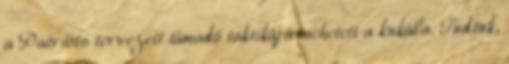
a Patriots tervezett támadó taktikája mehetett a kukába. Tudtuk,